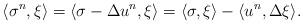
LaTeX: \begin{align*}\langle \sigma^n, \xi\rangle = \langle \sigma - \Delta u^n, \xi\rangle = \langle \sigma, \xi \rangle - \langle u^n, \Delta \xi \rangle.\end{align*}